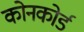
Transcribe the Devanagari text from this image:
कोनकोर्ड